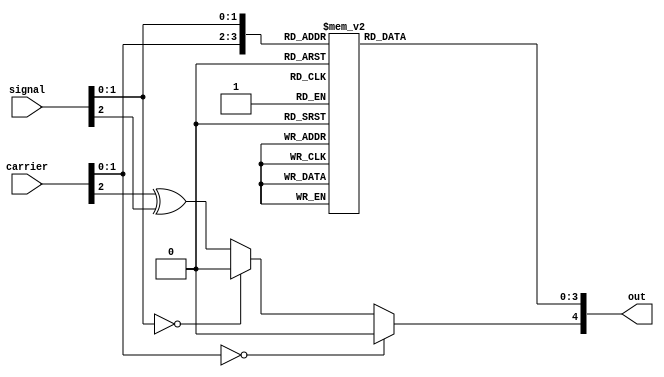
// This file is part of the Cornell University Hardware GPS Receiver Project.
// Copyright (C) 2009 - Adam Shapiro (ams348@cornell.edu)
//                      Tom Chatt (tjc42@cornell.edu)
//
// This program is free software; you can redistribute it and/or modify
// it under the terms of the GNU General Public License as published by
// the Free Software Foundation; either version 2 of the License, or
// (at your option) any later version.
//
// This program is distributed in the hope that it will be useful,
// but WITHOUT ANY WARRANTY; without even the implied warranty of
// MERCHANTABILITY or FITNESS FOR A PARTICULAR PURPOSE. See the
// GNU General Public License for more details.
//
// You should have received a copy of the GNU General Public License
// along with this program; if not, write to the Free Software
// Foundation, Inc., 59 Temple Place, Suite 330, Boston, MA 02111-1307 USA
module mult(
    input [2:0] carrier,
    input [2:0] signal,
    output reg [4:0] out);

   always @(carrier or signal) begin
      casez({carrier[1:0],signal[1:0]})
        4'b0101: out[3:0]<=4'd1;//1*1
        4'b0110: out[3:0]<=4'd2;//1*2
        4'b0111: out[3:0]<=4'd3;//1*3
        4'b1001: out[3:0]<=4'd2;//2*1
        4'b1010: out[3:0]<=4'd4;//2*2
        4'b1011: out[3:0]<=4'd6;//2*3
        4'b1101: out[3:0]<=4'd3;//3*1
        4'b1110: out[3:0]<=4'd6;//3*2
        4'b1111: out[3:0]<=4'd9;//3*3
        default: out[3:0]<=4'h0;
      endcase // casez ({carrier,signal})

      out[4] <= carrier[1:0]==2'h0 ? 1'b0 :
                signal[1:0]==2'h0 ? 1'b0 :
                carrier[2]^signal[2];
   end
   
endmodule